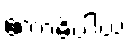
ဧကာဓိပ္ပါယံ